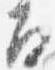
面